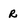
Character: r